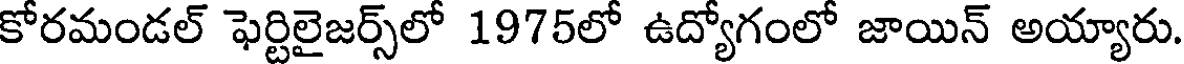
కోరమండల్ ఫెర్టిలైజర్స్లో 1975లో ఉద్యోగంలో జాయిన్ అయ్యారు.